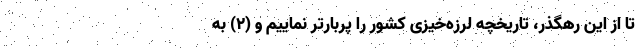
تا از این رهگذر، تاریخچه لرزه‌خیزی کشور را پربارتر نماییم و (۲) به